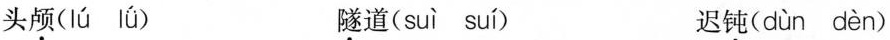
头颅( lú lǘ ) 隧道( suì suí ) 迟钝( dùn dèn )